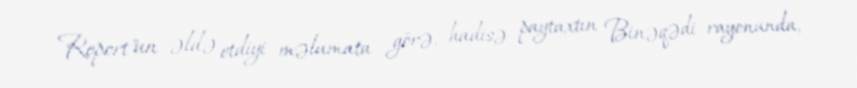
Report"un əldə etdiyi məlumata görə, hadisə paytaxtın Binəqədi rayonunda,